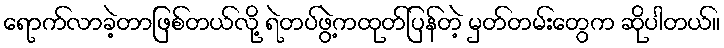
ရောက်လာခဲ့တာဖြစ်တယ်လို့ ရဲတပ်ဖွဲ့ကထုတ်ပြန်တဲ့ မှတ်တမ်းတွေက ဆိုပါတယ်။